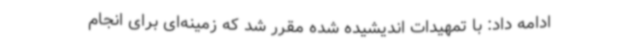
ادامه داد: با تمهیدات اندیشیده شده مقرر شد که زمینه‌ای برای انجام